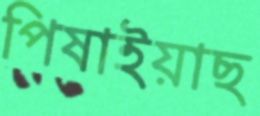
পিষাইয়াছ